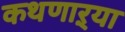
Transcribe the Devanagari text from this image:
कथणाऱ्या